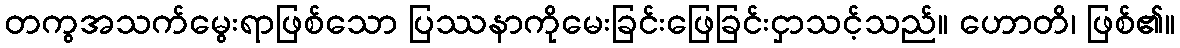
တကွအသက်မွေးရာဖြစ်သော ပြဿနာကိုမေးခြင်းဖြေခြင်းငှာသင့်သည်။ ဟောတိ၊ ဖြစ်၏။